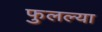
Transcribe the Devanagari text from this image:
फुलल्या